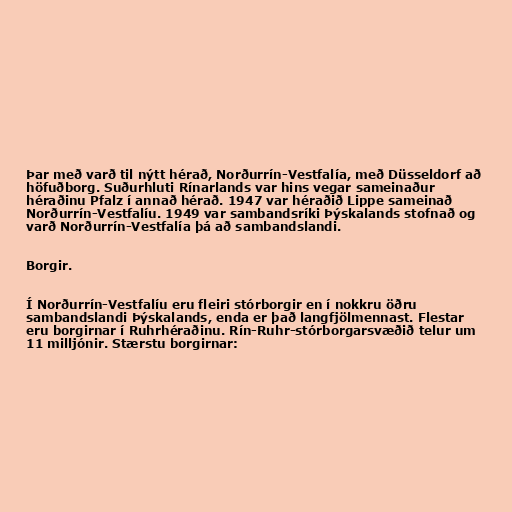
Þar með varð til nýtt hérað, Norðurrín-Vestfalía, með Düsseldorf að
höfuðborg. Suðurhluti Rínarlands var hins vegar sameinaður
héraðinu Pfalz í annað hérað. 1947 var héraðið Lippe sameinað
Norðurrín-Vestfalíu. 1949 var sambandsríki Þýskalands stofnað og
varð Norðurrín-Vestfalía þá að sambandslandi.

Borgir.

Í Norðurrín-Vestfalíu eru fleiri stórborgir en í nokkru öðru
sambandslandi Þýskalands, enda er það langfjölmennast. Flestar
eru borgirnar í Ruhrhéraðinu. Rín-Ruhr-stórborgarsvæðið telur um
11 milljónir. Stærstu borgirnar: